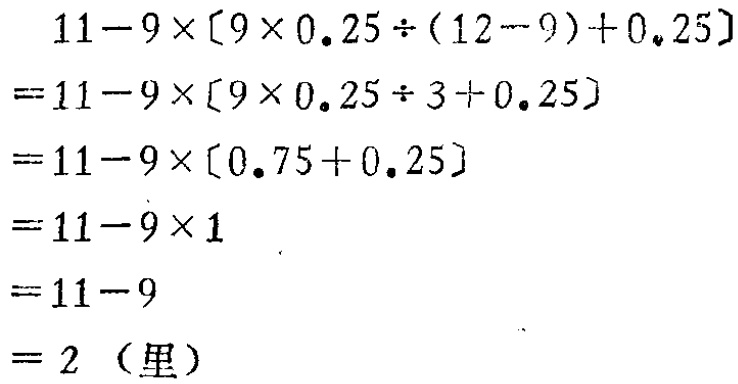
\[

\begin{align*}

&11 - 9\times[9\times0.25\div(12 - 9)+0.25]\\

=&11 - 9\times[9\times0.25\div3+0.25]\\

=&11 - 9\times[0.75 + 0.25]\\

=&11 - 9\times1\\

=&11 - 9\\

=&2（里）

\end{align*}

\]